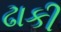
ઢાકી